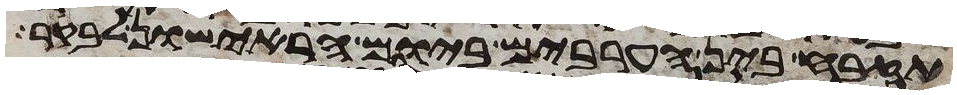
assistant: תזבח בין הערבים ביום הראישון לבקר